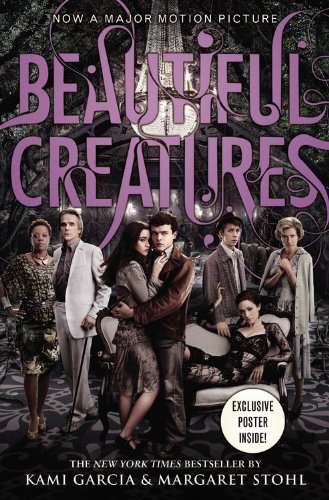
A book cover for Beautiful Creatures; Kami Garcia; Teen & Young Adult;